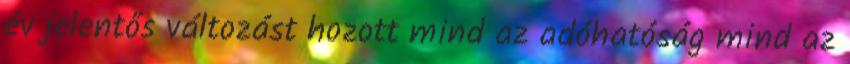
év jelentős változást hozott mind az adóhatóság mind az